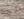
أحد